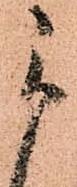
被